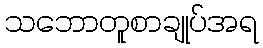
သဘောတူစာချုပ်အရ